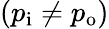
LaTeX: (p_{\mathrm{{i}}}\neq p_{\mathrm{{o}}})